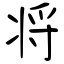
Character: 将